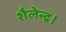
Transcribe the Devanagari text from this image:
शैलेन्द्र।